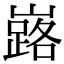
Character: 𡽘